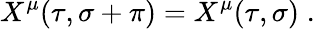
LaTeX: X^{\mu}(\tau,\sigma+\pi)=X^{\mu}(\tau,\sigma)\; .